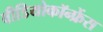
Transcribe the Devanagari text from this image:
वीडियोकॉन्फ्रेंस